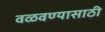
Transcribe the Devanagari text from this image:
वळवण्यासाठी